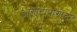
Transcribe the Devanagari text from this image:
आगोटापागोटा